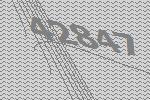
42847